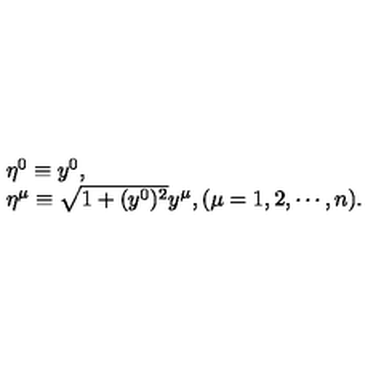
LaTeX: \begin{array} { l } { \eta ^ { 0 } \equiv y ^ { 0 } , } \\ { \eta ^ { \mu } \equiv \sqrt { 1 + ( y ^ { 0 } ) ^ { 2 } } y ^ { \mu } , ( \mu = 1 , 2 , \cdots , n ) . } \\ \end{array}